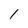
Character: 1